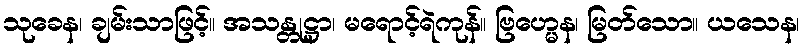
သုခေန၊ ချမ်းသာဖြင့်။ အသန္တုဋ္ဌာ၊ မရောင့်ရဲကုန်။ ဗြဟ္မေန၊ မြတ်သော။ ယသေန၊